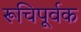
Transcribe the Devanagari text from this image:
रूचिपूर्वक